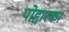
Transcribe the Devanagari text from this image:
पोद्दारका